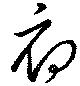
府